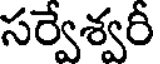
సర్వేశ్వరీ